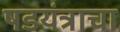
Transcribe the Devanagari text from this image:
षडयंत्राचा